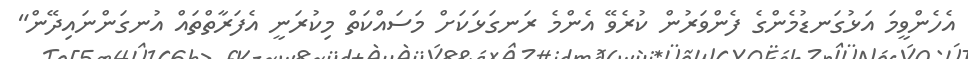
އެހެންވީމަ އަޅުގަނޑުމެންގެ ފެންވަރުން ކުރެވޭ އެންމެ ރަނގަޅަކަށް މަސައްކަތް މިކުރަނީ އެފަރާތްތައް އުނގަންނައިދޭން"